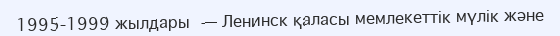
1995-1999 жылдары — Ленинск қаласы мемлекеттік мүлік және